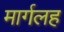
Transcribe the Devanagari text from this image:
मार्गलह